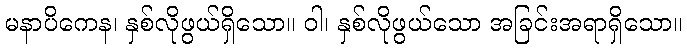
မနာပိကေန၊ နှစ်လိုဖွယ်ရှိသော။ ဝါ၊ နှစ်လိုဖွယ်သော အခြင်းအရာရှိသော။